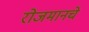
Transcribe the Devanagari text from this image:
रोजमानचे